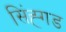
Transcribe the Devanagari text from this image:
सिंह्गड